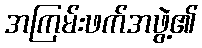
အကြမ်းဖက်အဖွဲ့၏